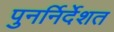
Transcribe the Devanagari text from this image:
पुनर्निर्देशत